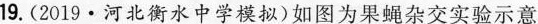
19.(2019·河北衡水中学模拟)如图为果蝇杂交实验示意